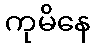
ကုမိနေ